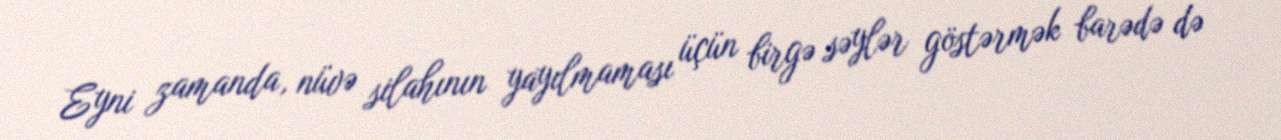
Eyni zamanda, nüvə silahının yayılmaması üçün birgə səylər göstərmək barədə də